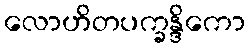
လောဟိတပက္ခန္ဒိကော